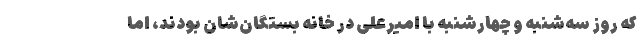
که روز سه‌شنبه و چهارشنبه با امیرعلی در خانه بستگان‌شان بودند، اما